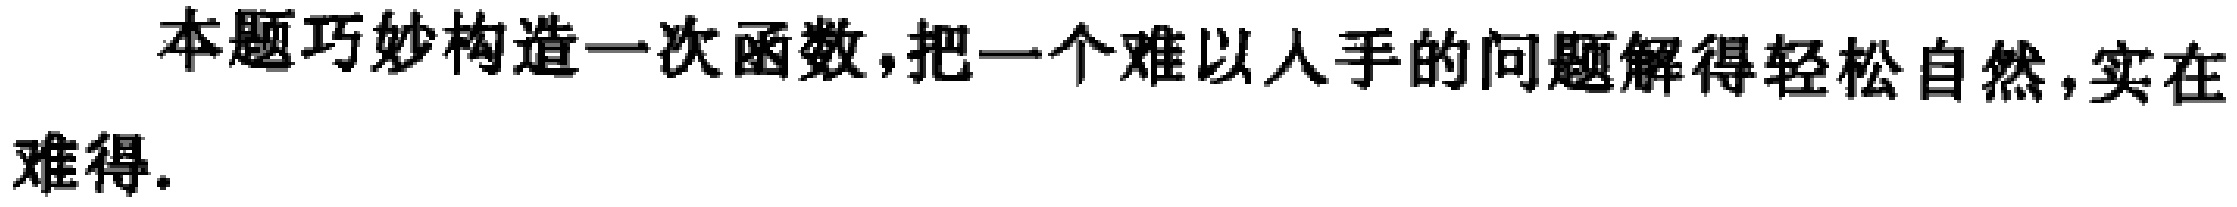
本题巧妙构造一次函数，把一个难以人手的问题解得轻松自然，实在难得.